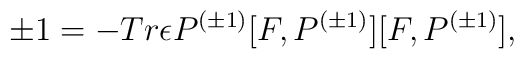
\pm 1=-Tr{\epsilon}P^{(\pm 1)}[F,P^{(\pm 1)}][F,P^{(\pm 1)}],